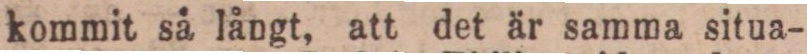
kommit så långt, att det är samma situa-